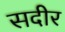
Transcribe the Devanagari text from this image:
सदीर